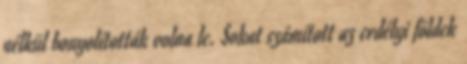
nélkül bonyolították volna le. Sokat számított az erdélyi földek